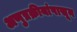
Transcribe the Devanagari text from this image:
अणुप्रक्रीयांपासून